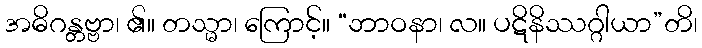
အဓိဂန္တဗ္ဗာ၊ ၏။ တသ္မာ၊ ကြောင့်။ “ဘာဝနာ၊ လ။ ပဋိနိဿဂ္ဂါယာ”တိ၊